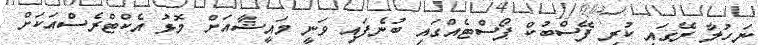
ނަހުލާ ރޭގައި ކުރި ފޭސްބުކް ޕޯސްޓެއްގައި ބުނެފައި ވަނީ މައީޝާއަށް މޮޅު އެކްޓްރެސްއަކަށް